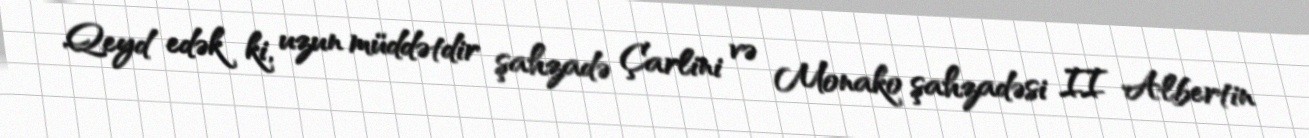
Qeyd edək ki, uzun müddətdir şahzadə Çarlini və Monako şahzadəsi II Albertin